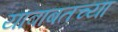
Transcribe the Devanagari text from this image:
याबाबतच्या